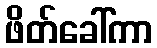
ဖိတ်ခေါ်ကာ